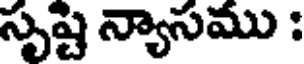
సృష్ట న్యాసము :